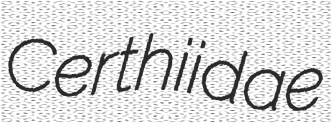
Certhiidae